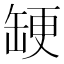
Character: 𮉳